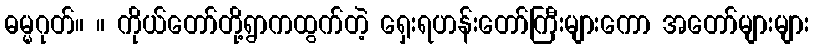
ဓမ္မဂုတ်။ ။ ကိုယ်တော်တို့ရွာကထွက်တဲ့ ရှေးရဟန်းတော်ကြီးများကော အတော်များများ